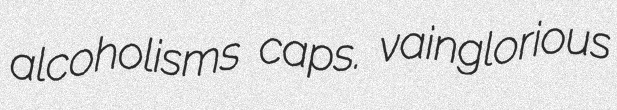
alcoholisms caps. vainglorious